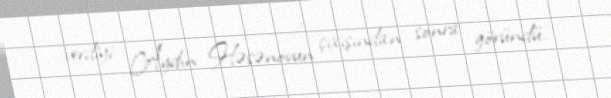
verdiyi Aydın Həsənovun çıxışından sonra göründü.